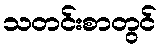
သတင်းစာတွင်